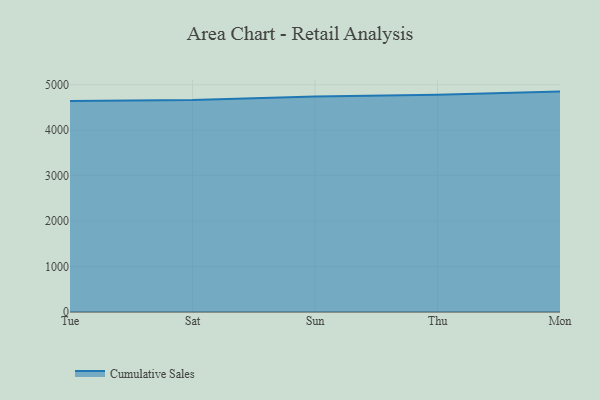
{"axis": {"x": "Day", "y": "LTV (USD)"}, "legend": ["Cumulative Sales"], "data": [{"x": "Tue", "y": 4639.5, "type": "Cumulative Sales"}, {"x": "Sat", "y": 4661.8, "type": "Cumulative Sales"}, {"x": "Sun", "y": 4743.7, "type": "Cumulative Sales"}, {"x": "Thu", "y": 4780.0, "type": "Cumulative Sales"}, {"x": "Mon", "y": 4849.0, "type": "Cumulative Sales"}]}